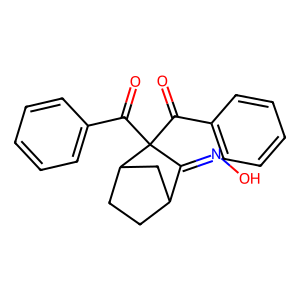
SMILES: O=C(c1ccccc1)C1(C(=O)c2ccccc2)C(=NO)C2CCC1C2
Inhibits HIV replication: No